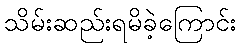
သိမ်းဆည်းရမိခဲ့ကြောင်း